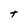
Character: t